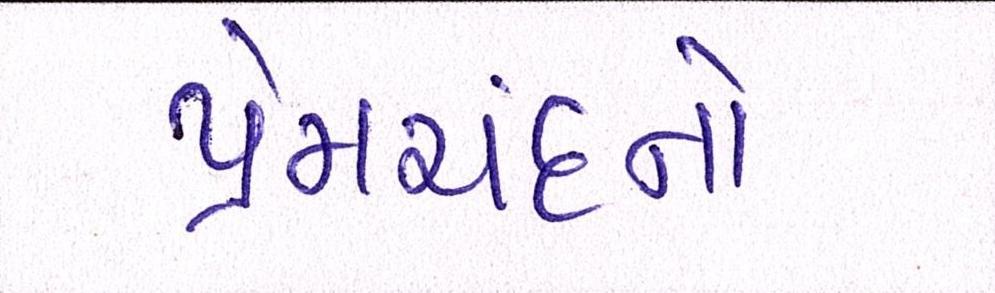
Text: પ્રેમચંદનો